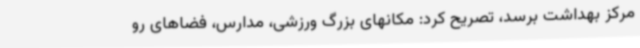
مرکز بهداشت برسد، تصریح کرد: مکانهای بزرگ ورزشی، مدارس، فضاهای رو